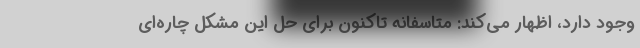
وجود دارد، اظهار می‌کند: متاسفانه تاکنون برای حل این مشکل چاره‌ای